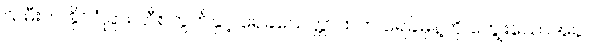
သမီးက နိုင်ငံခြား ဘီစကွတ်နှင့် ရေခဲသေတ္တာထဲက ရေခဲမုန့်ကို ကျွေးသောအခါ